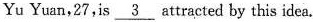
Yu Yuan,27,is \underline{3} attracted by this idea.